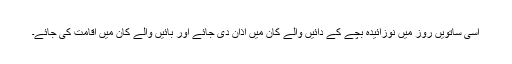
اسی ساتویں روز میں نوزائیدہ بچے کے دائیں والے کان میں اذان دی جائے اور بائیں والے کان میں اقامت کی جائے۔